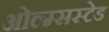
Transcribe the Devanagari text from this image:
ओल्म्सस्टेड